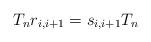
LaTeX: \begin{align*}T_nr_{i,i+1}=s_{i,i+1}T_n\end{align*}